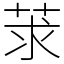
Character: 莍